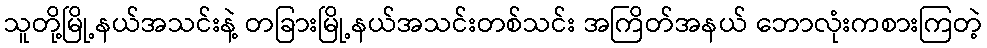
သူတို့မြို့နယ်အသင်းနဲ့ တခြားမြို့နယ်အသင်းတစ်သင်း အကြိတ်အနယ် ဘောလုံးကစားကြတဲ့